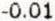
-0.01